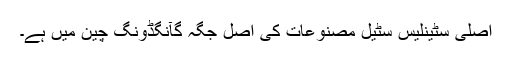
اصلی سٹینلیس سٹیل مصنوعات کی اصل جگہ گآنگڈونگ چین میں ہے۔